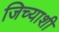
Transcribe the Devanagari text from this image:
जिच्याशी